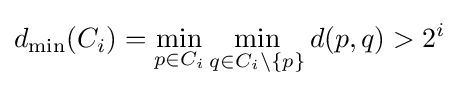
d_{\min }(C_{i})=\min \limits _{p\in C_{i}}\min \limits _{q\in C_{i}\setminus \{p\}}d(p,q)>2^{i}